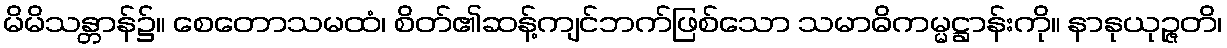
မိမိသန္တာန်၌။ စေတောသမထံ၊ စိတ်၏ဆန့်ကျင်ဘက်ဖြစ်သော သမာဓိကမ္မဋ္ဌာန်းကို။ နာနုယုဉ္ဇတိ၊